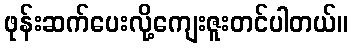
ဖုန်းဆက်ပေးလို့ကျေးဇူးတင်ပါတယ်။